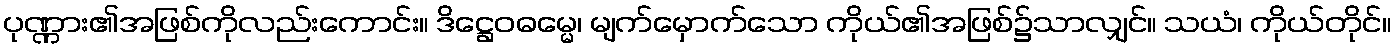
ပုဏ္ဏား၏အဖြစ်ကိုလည်းကောင်း။ ဒိဋ္ဌေဝဓမ္မေ၊ မျက်မှောက်သော ကိုယ်၏အဖြစ်၌သာလျှင်။ သယံ၊ ကိုယ်တိုင်။